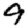
Digit: 9